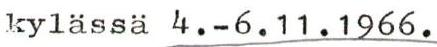
kylässä 4.-6.11.1966.